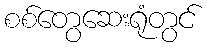
စစ်တွေဆေးရုံတွင်